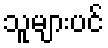
သူများပင်